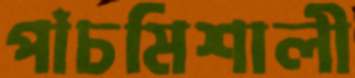
পাঁচমিশালী